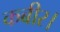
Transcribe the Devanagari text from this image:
कबीर।